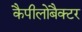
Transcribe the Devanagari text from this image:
कैपीलोबैक्टर